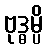
ဗုဒ္ဓမ္ပိ